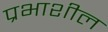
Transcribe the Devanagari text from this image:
प्रभाशील